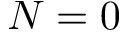
N = 0